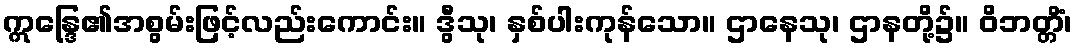
ဣန္ဒြေ၏အစွမ်းဖြင့်လည်းကောင်း။ ဒွီသု၊ နှစ်ပါးကုန်သော။ ဌာနေသု၊ ဌာနတို့၌။ ဝိဘတ္တိံ၊